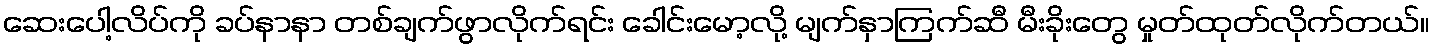
ဆေးပေါ့လိပ်ကို ခပ်နာနာ တစ်ချက်ဖွာလိုက်ရင်း ခေါင်းမော့လို့ မျက်နှာကြက်ဆီ မီးခိုးတွေ မှုတ်ထုတ်လိုက်တယ်။